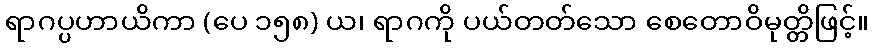
ရာဂပ္ပဟာယိကာ (ပေ ၁၅၈) ယ၊ ရာဂကို ပယ်တတ်သော စေတောဝိမုတ္တိဖြင့်။